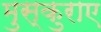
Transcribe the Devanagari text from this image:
मुस्कुराए